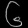
Digit: ၆